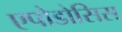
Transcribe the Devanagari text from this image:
एपोडोसिस